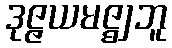
ဒုဇ္ဇယမဇ္ဈဘူ